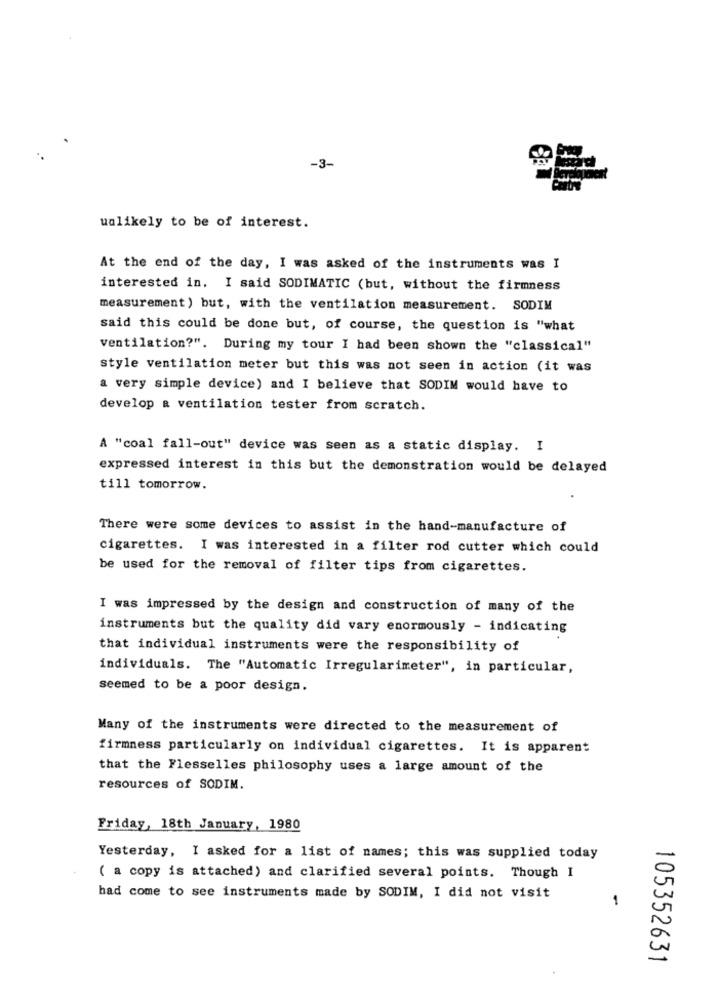
-3-
ualikely to be of interest.
At the end of the day, I was asked of the instruments was I
interested in. I said SODIMATIC (but, without the firmness
measurement) but, with the ventilation measurement. SODIM
said this could be done but, of course, the question is "what
ventilation?". During my tour I had been shown the "classical"
style ventilation meter but this was not seen in action (it was
a very simple device) and I believe that SODIM would have to
develop & ventilation tester from scratch.
A "coal fall-out" device was seen as a static display. I
expressed interest in this but the demonstration would be delayed
till tomorrow.
There were some devices to assist in the hand-manufacture of
cigarettes. I was interested in a filter rod cutter which could
be used for the removal of filter tips from cigarettes.
I was impressed by the design and construction of many of the
instruments but the quality did vary enormously - indicating
that individual instruments were the responsibility of
individuals. The "Automatic Irregularimeter", in particular,
seemed to be a poor design.
Many of the instruments were directed to the measurement of
firmness particularly on individual cigarettes. It is apparent
that the Flesselles philosophy uses a large amount of the
resources of SODIM.
Friday, 18th January, 1980
Yesterday, I asked for a list of names; this was supplied today
( a copy is attached) and clarified several points. Though I
had come to see instruments made by SODIM, I did not visit
-
105352631